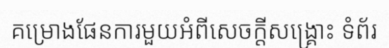
គម្រោងផែនការមួយអំពីសេចក្តីសង្គ្រោះ ទំព័រ